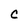
Character: c